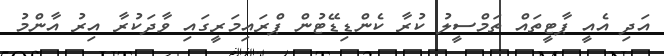
އަދި އެއީ ޕާޓީތައް ތަމްސީލު ކުރާ ކެންޑިޑޭޓުން ޕްރައިމަރީގައި ވާދަކުރާ އިރު އާންމު